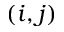
( i , j )